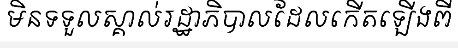
មិនទទួលស្គាល់រដ្ឋាភិបាលដែលកើតឡើងពី